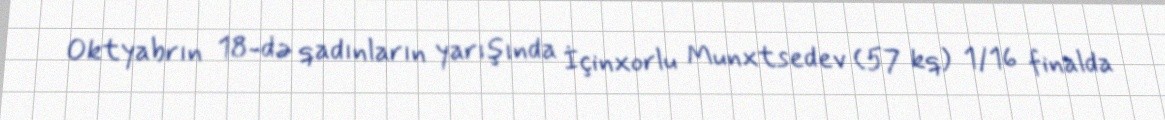
Oktyabrın 18-də qadınların yarışında İçinxorlu Munxtsedev (57 kq) 1/16 finalda